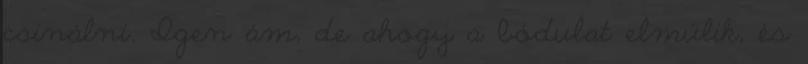
csinálni. Igen ám, de ahogy a bódulat elmúlik, és